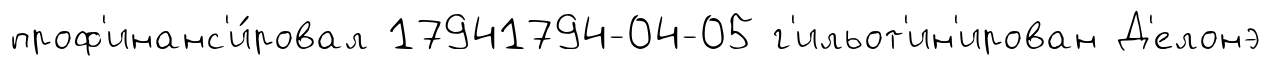
проф'инанс'и́ровал 17941794-04-05 г'ильот'ин'ирован Д'елонэ